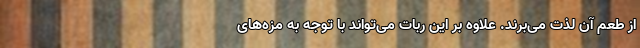
از طعم آن لذت می‌برند. علاوه بر این ربات می‌تواند با توجه به مزه‌های